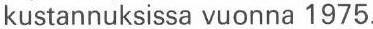
kustannuksissa vuonna 1975.